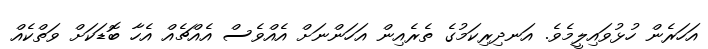
އަހަރެން ހުޅުވައިލީމެވެ. އަނދިރިކަމުގެ ތެރެއިން އަހަންނަށް އެއްވެސް އެއްޗެއް އެހާ ބޮޑަކަށް ވަތްކެއް